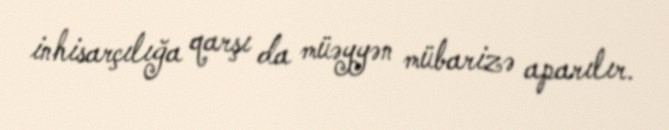
inhisarçılığa qarşı da müəyyən mübarizə aparılır.